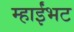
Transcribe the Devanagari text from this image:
म्हाईंभट